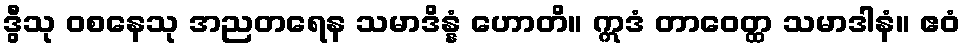
ဒွီသု ဝစနေသု အညတရေန သမာဒိန္နံ ဟောတိ။ ဣဒံ တာဝေတ္ထ သမာဒါနံ။ ဧဝံ